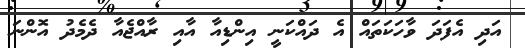
އަދި އެފަދަ ވާހަކަތައް އެ ދައްކަނީ އިންޑިއާ އާއި ރާއްޖެއާ ދެމެދު އޮންނަ